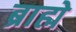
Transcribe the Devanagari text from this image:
ब्राह्मे